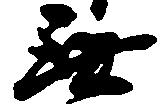
無